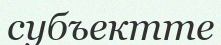
субъектте